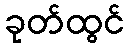
ခုတ်ထွင်